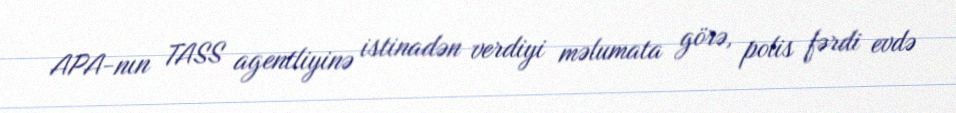
APA-nın TASS agentliyinə istinadən verdiyi məlumata görə, polis fərdi evdə